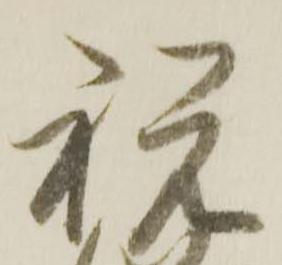
祝